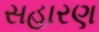
સહારણ